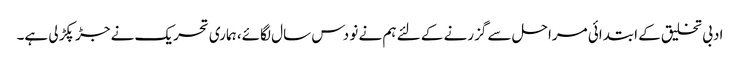
ادبی تخلیق کے ابتدائی مراحل سے گزرنے کے لئے ہم نے نو دس سال لگائے، ہماری تحریک نے جڑ پکڑ لی ہے۔